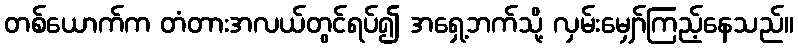
တစ်ယောက်က တံတားအလယ်တွင်ရပ်၍ အရှေ့ဘက်သို့ လှမ်းမျှော်ကြည့်နေသည်။